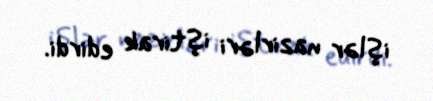
işlər nazirləri iştirak edirdi.